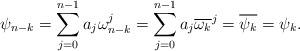
LaTeX: \begin{align*} \psi _{n-k}=\sum \limits _{j=0}^{n-1} a_j \omega _{n-k}^j=\sum \limits _{j=0}^{n-1} a_j \overline{\omega _k}^j=\overline{\psi _k}=\psi_k. \end{align*}